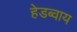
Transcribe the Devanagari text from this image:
हेडब्वाय